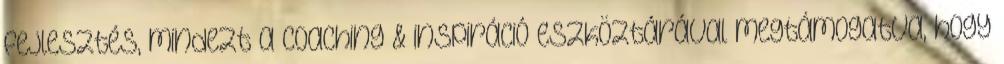
fejlesztés, mindezt a coaching & inspiráció eszköztárával megtámogatva, hogy